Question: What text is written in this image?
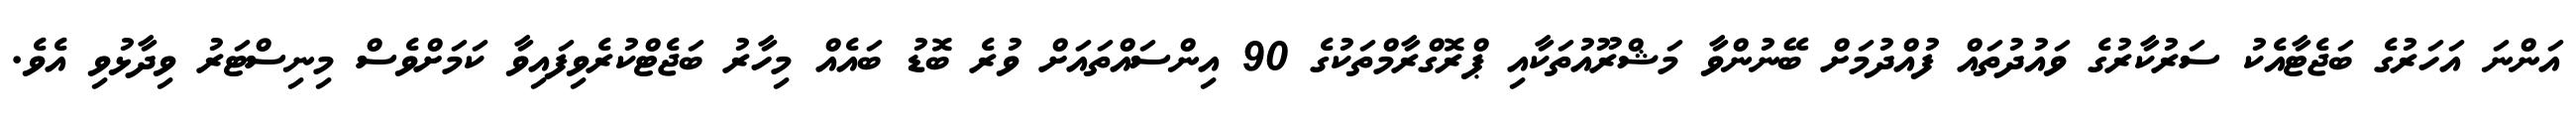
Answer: އަންނަ އަހަރުގެ ބަޖެޓާއެކު ސަރުކާރުގެ ވައުދުތައް ފުއްދުމަށް ބޭނުންވާ މަޝްރޫއުތަކާއި ޕްރޮގްރާމްތަކުގެ 90 އިންސައްތައަށް ވުރެ ބޮޑު ބައެއް މިހާރު ބަޖެޓްކުރެވިފައިވާ ކަމަށްވެސް މިނިސްޓަރު ވިދާޅުވި އެވެ.